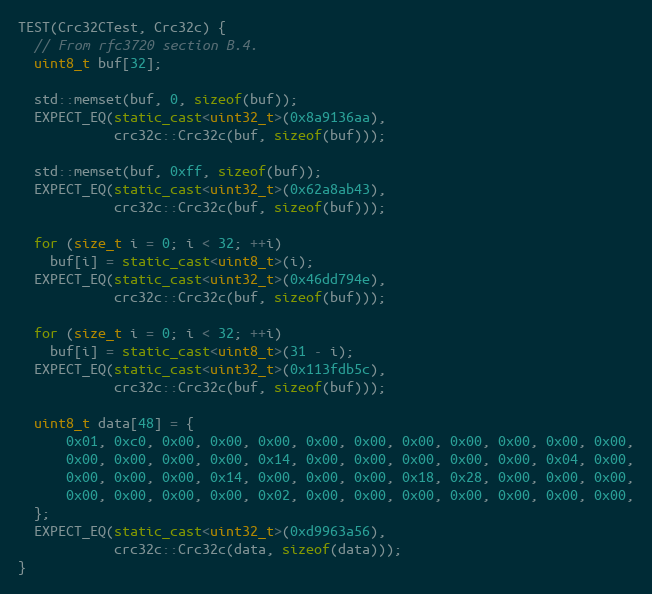
Language: C++
TEST(Crc32CTest, Crc32c) {
  // From rfc3720 section B.4.
  uint8_t buf[32];

  std::memset(buf, 0, sizeof(buf));
  EXPECT_EQ(static_cast<uint32_t>(0x8a9136aa),
            crc32c::Crc32c(buf, sizeof(buf)));

  std::memset(buf, 0xff, sizeof(buf));
  EXPECT_EQ(static_cast<uint32_t>(0x62a8ab43),
            crc32c::Crc32c(buf, sizeof(buf)));

  for (size_t i = 0; i < 32; ++i)
    buf[i] = static_cast<uint8_t>(i);
  EXPECT_EQ(static_cast<uint32_t>(0x46dd794e),
            crc32c::Crc32c(buf, sizeof(buf)));

  for (size_t i = 0; i < 32; ++i)
    buf[i] = static_cast<uint8_t>(31 - i);
  EXPECT_EQ(static_cast<uint32_t>(0x113fdb5c),
            crc32c::Crc32c(buf, sizeof(buf)));

  uint8_t data[48] = {
      0x01, 0xc0, 0x00, 0x00, 0x00, 0x00, 0x00, 0x00, 0x00, 0x00, 0x00, 0x00,
      0x00, 0x00, 0x00, 0x00, 0x14, 0x00, 0x00, 0x00, 0x00, 0x00, 0x04, 0x00,
      0x00, 0x00, 0x00, 0x14, 0x00, 0x00, 0x00, 0x18, 0x28, 0x00, 0x00, 0x00,
      0x00, 0x00, 0x00, 0x00, 0x02, 0x00, 0x00, 0x00, 0x00, 0x00, 0x00, 0x00,
  };
  EXPECT_EQ(static_cast<uint32_t>(0xd9963a56),
            crc32c::Crc32c(data, sizeof(data)));
}